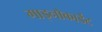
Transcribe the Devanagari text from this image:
गाइनोकार्डेट